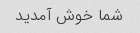
شما خوش آمدید